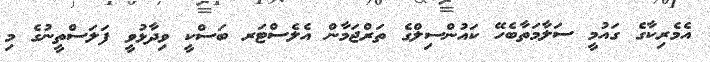
އެމެރިކާގެ ގައުމީ ސަލާމަތާބެހޭ ކައުންސިލްގެ ތަރްޖަމާން އެލެސްޓަރ ބަސްކީ ވިދާޅުވީ ފަލަސްތީނުގެ މި